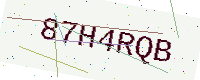
Text: 87H4RQB